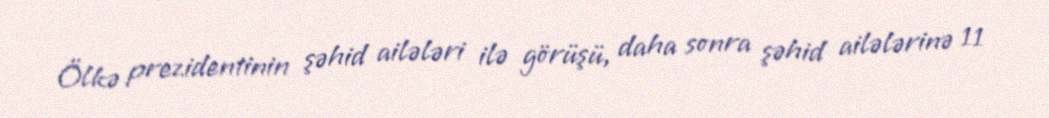
Ölkə prezidentinin şəhid ailələri ilə görüşü, daha sonra şəhid ailələrinə 11